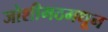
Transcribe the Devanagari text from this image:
जोशीमठमधून